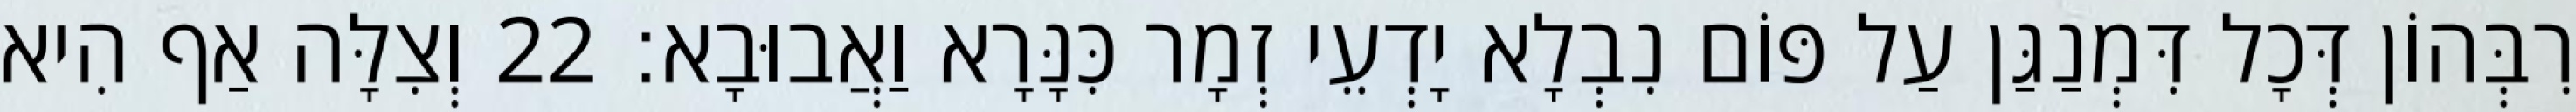
רִבְּהוֹן דְּכָל דִּמְנַגַּן עַל פּוֹם נִבְלָא יָדְעֵי זְמָר כִּנָּרָא וַאֲבוּבָא׃ 22 וְצִלָּה אַף הִיא